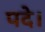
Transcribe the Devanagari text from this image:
पदे।